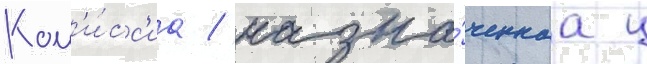
Ком'и́сс'иа / назна́ченнаа ц